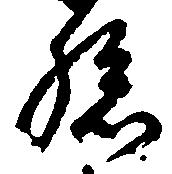
孫